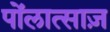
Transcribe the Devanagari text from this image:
पोंलात्साज़